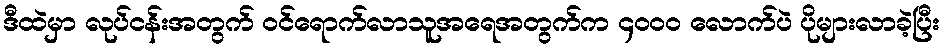
ဒီထဲမှာ လုပ်ငန်းအတွက် ဝင်ရောက်လာသူအရေအတွက်က ၄၀၀၀ လောက်ပဲ ပိုများလာခဲ့ပြီး